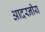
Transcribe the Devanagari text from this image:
आदरनीय